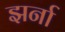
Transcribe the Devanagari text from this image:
झर्ना